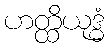
ဟတ္ထိယုဒ္ဓံ